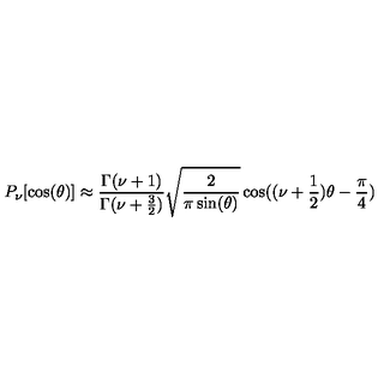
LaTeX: P _ { \nu } [ \cos ( \theta ) ] \approx { \frac { \Gamma ( \nu + 1 ) } { \Gamma ( \nu + { \frac { 3 } { 2 } } ) } } \sqrt { \frac { 2 } { \pi \sin ( \theta ) } } \cos ( ( \nu + { \frac { 1 } { 2 } } ) \theta - { \frac { \pi } { 4 } } )